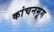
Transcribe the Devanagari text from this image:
कांचनमृग